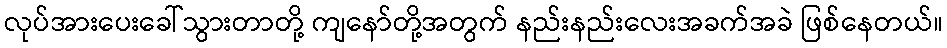
လုပ်အားပေးခေါ်သွားတာတို့ ကျနော်တို့အတွက် နည်းနည်းလေးအခက်အခဲ ဖြစ်နေတယ်။